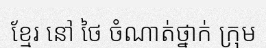
ខ្មែរ នៅ ថៃ ចំណាត់ថ្នាក់ ក្រុម